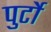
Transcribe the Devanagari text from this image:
पुर्टो